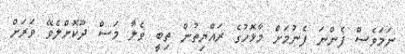
ނަމަވެސް ފެންނަ ފެނުމަށް މާޅޮހުގެ ރައްޔިތުން ތިބީ ވެލާ މަސް ދޫކޮށްލެވޭ ވަރަށް